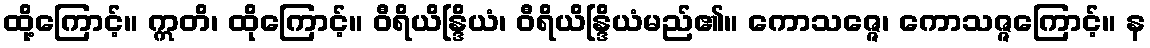
ထို့ကြောင့်။ ဣတိ၊ ထိုကြောင့်။ ဝီရိယိန္ဒြိယံ၊ ဝီရိယိန္ဒြိယံမည်၏။ ကောသဇ္ဇေ၊ ကောသဇ္ဇကြောင့်။ န